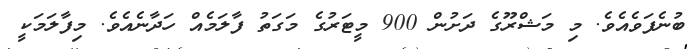
ބުނެފަވެއެވެ. މި މަޝްރޫގެ ދަށުން 900 މީޓަރުގެ މަގަތު ފާލަމެއް ހަދާނެއެވެ. މިފާލަމަކީ